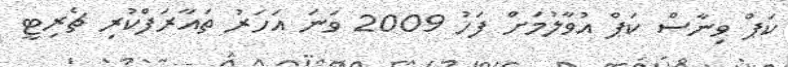
ކަޕް ވިނާސް ކަޕް އުވާލުމަށް ފަހު 2009 ވަނަ އަހަރު ތައާރަފްކުރި ޗެރިޓީ